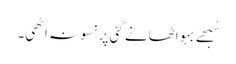
سُبھے بہو اٹھانے گئی پر نسو نہ اٹھی۔